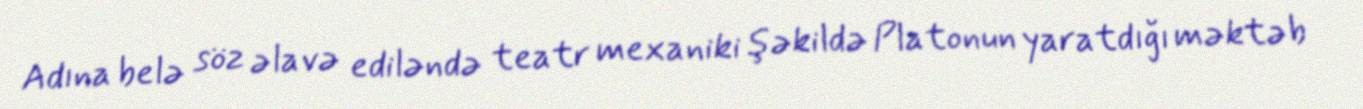
Adına belə söz əlavə ediləndə teatr mexaniki şəkildə Platonun yaratdığı məktəb